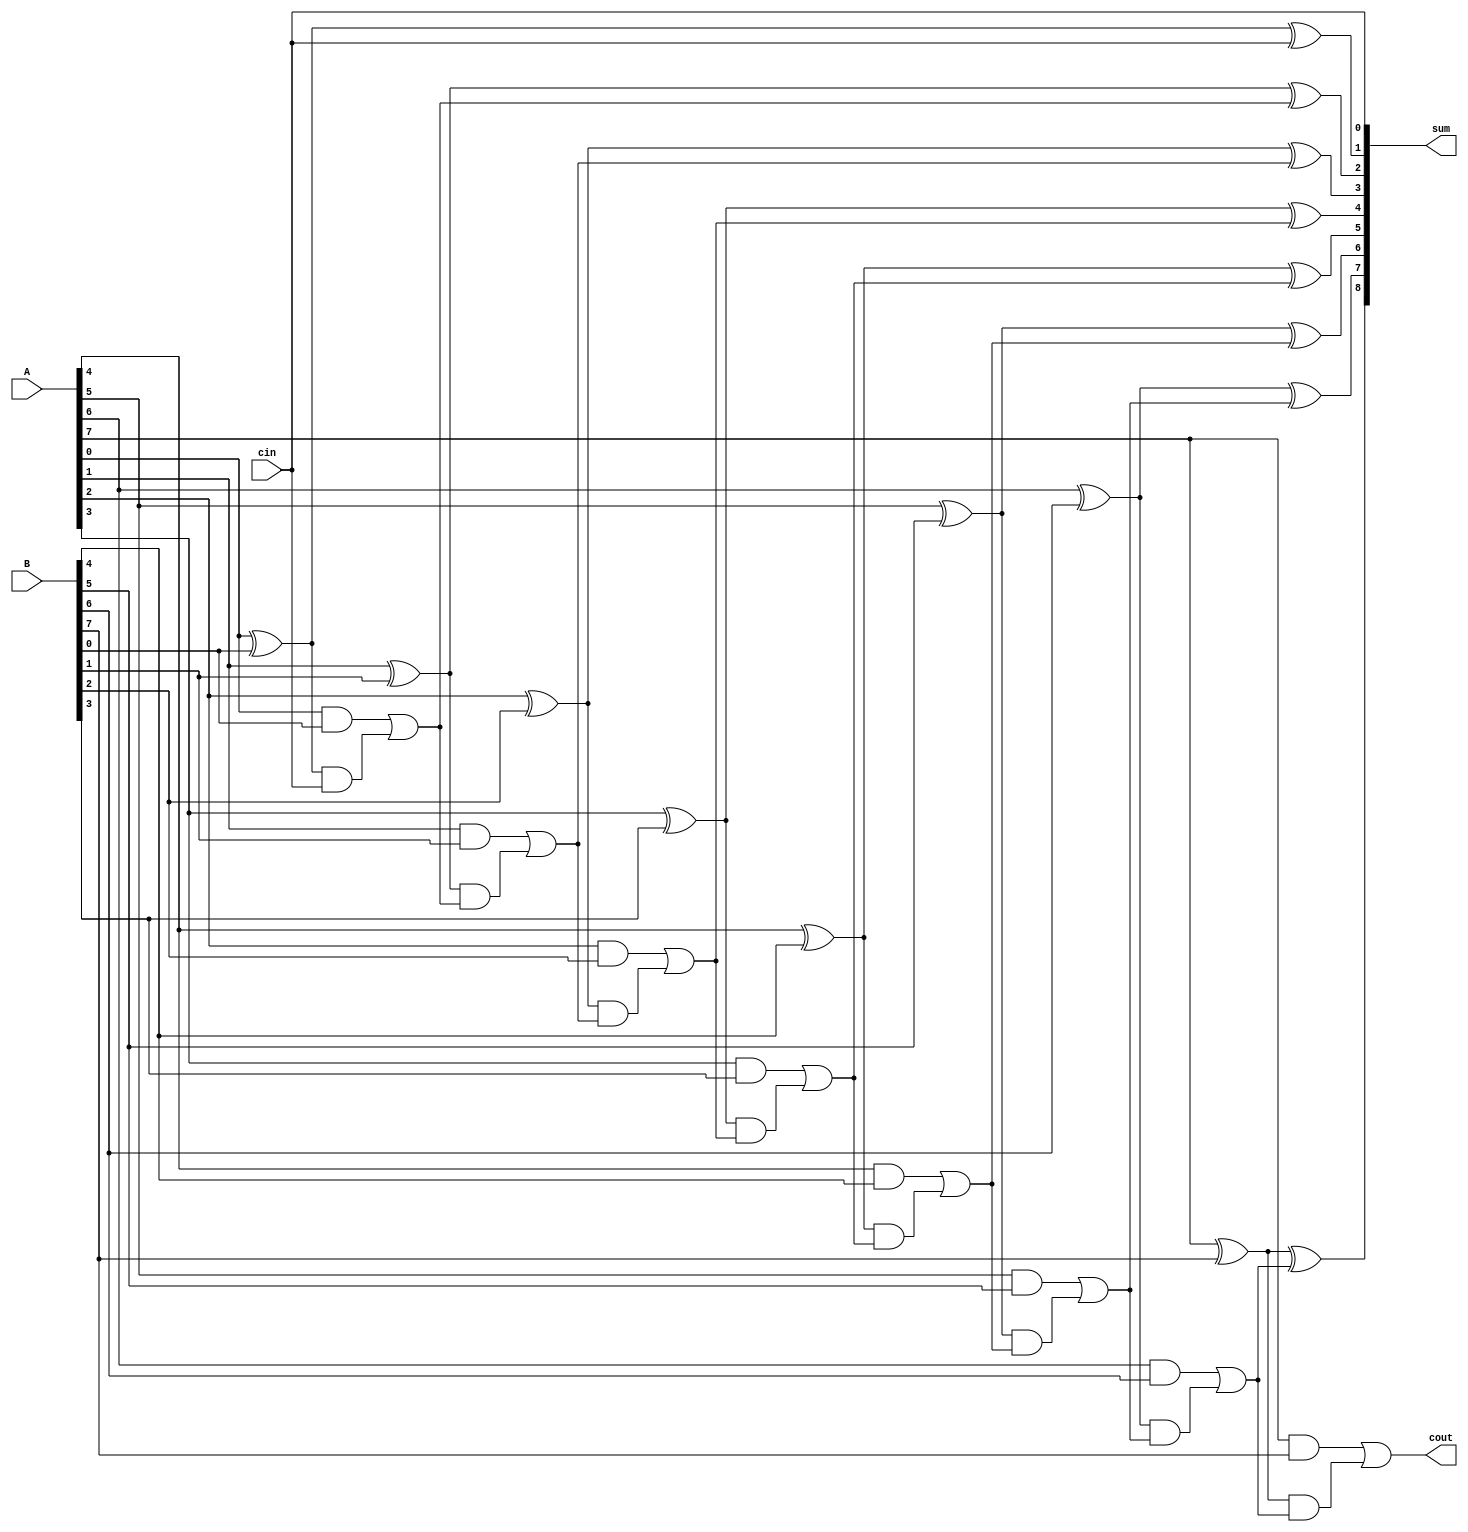
module carry_lookahead_adder(
  input [7:0] A,
  input [7:0] B,
  input cin,
  output [8:0] sum,
  output cout
);

wire [8:0] c;
wire [8:0] g;
wire [8:0] p;

genvar i;

generate
  // Generate carry and propagate signals
  for (i = 0; i < 8; i = i + 1) begin
    assign g[i] = A[i] & B[i];
    assign p[i] = A[i] ^ B[i];
  end

  // Generate carry signals using look-ahead logic
  assign c[0] = cin;
  assign c[1] = g[0] | (p[0] & c[0]);
  for (i = 1; i < 8; i = i + 1) begin
    assign c[i+1] = g[i] | (p[i] & c[i]);
  end

  // Generate sum bits
  assign sum[0] = cin;
  for (i = 0; i < 8; i = i + 1) begin
    assign sum[i+1] = p[i] ^ c[i];
  end

endgenerate

// Generate carry-out bit
assign cout = c[8];

endmodule